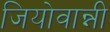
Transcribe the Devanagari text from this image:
जियोवान्नी